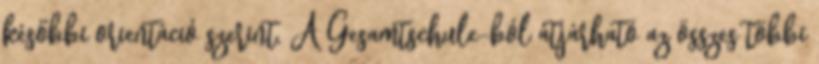
későbbi orientáció szerint. A Gesamtschule-ból átjárható az összes többi